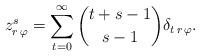
LaTeX: \begin{align*} z_{ r \, \varphi}^{s}=\sum_{t=0}^\infty \binom{t+s-1}{s-1} \delta_{ t \, r\,\varphi }.\end{align*}